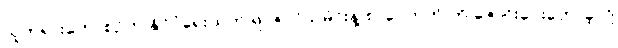
သူတရားဟောစဉ်က နိုင်ငံရေးထက် ရာဇဝင်သမိုင်းနဲ့ စာပေဘက် ကို ဇောင်းပေးဟောခဲ့လို့